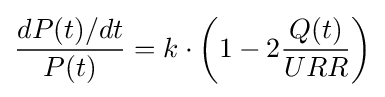
{\frac {dP(t)/dt}{P(t)}}=k\cdot \left(1-2{\frac {Q(t)}{URR}}\right)